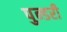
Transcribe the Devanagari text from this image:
पुन्डरी